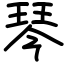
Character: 琴